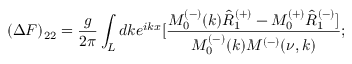
( \Delta F ) _ { 2 2 } = \frac { g } { 2 \pi } \int _ { L } d k e ^ { i k x } [ \frac { M _ { 0 } ^ { ( - ) } ( k ) \hat { R } _ { 1 } ^ { ( + ) } - M _ { 0 } ^ { ( + ) } \hat { R } _ { 1 } ^ { ( - ) } ] } { M _ { 0 } ^ { ( - ) } ( k ) M ^ { ( - ) } ( \nu , k ) } ;